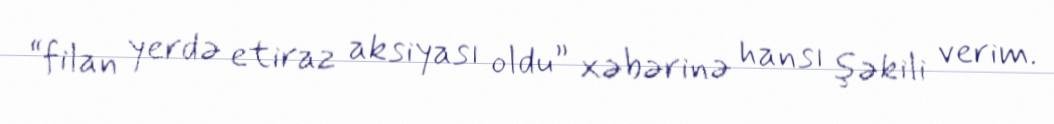
“filan yerdə etiraz aksiyası oldu” xəbərinə hansı şəkili verim.